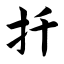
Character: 扦